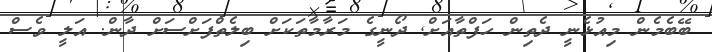
ބޭބެމެން މިއުޅެނީ ދެތިން ހަފްތާއަށް